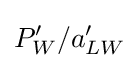
P'_{W}/a'_{LW}